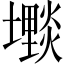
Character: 𱘓